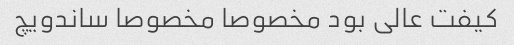
کیفت عالی بود مخصوصا مخصوصا ساندویچ